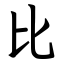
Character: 比